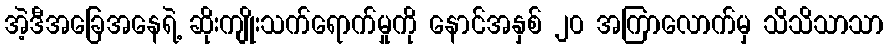
အဲ့ဒီအခြေအနေရဲ့ ဆိုးကျိုးသက်ရောက်မှုကို နောင်အနှစ် ၂၀ အကြာလောက်မှ သိသိသာသာ